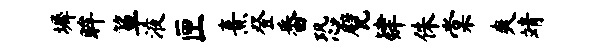
墀眸箪液匣熹登番恐甓肄侏棠爽靖